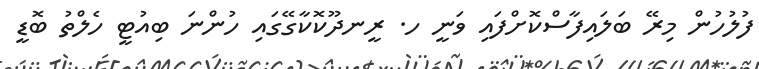
ފުލުހުން މިރޭ ބަލައިފާސްކޮށްފައި ވަނީ ހ. ރީނދޫކޮކާގޭގައި ހުންނަ ބިއުޓީ ހެލްތު ބޮޑީ